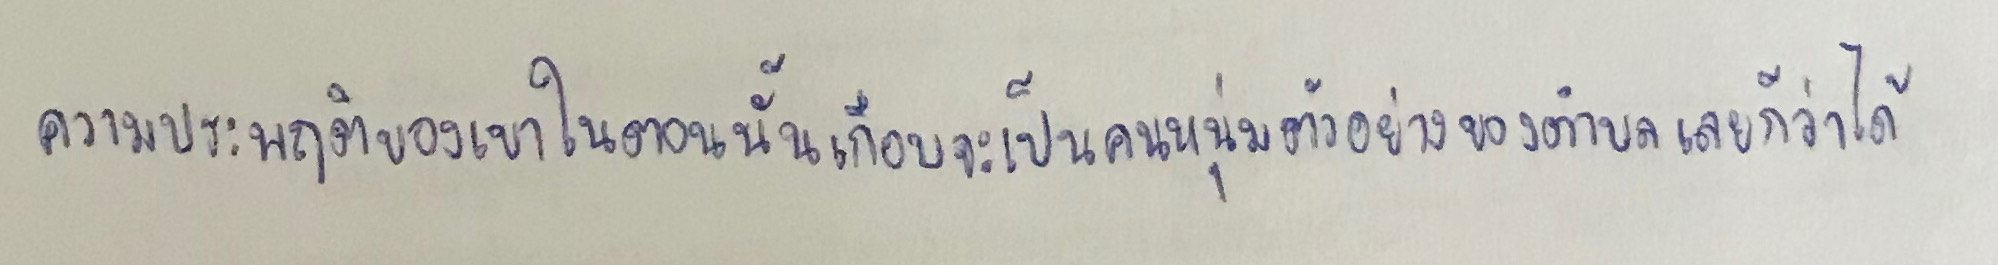
ความประพฤติของเขาในตอนนั้นเกือบจะเป็นคนหนุ่มตัวอย่างของตำบลเลยก็ว่าได้